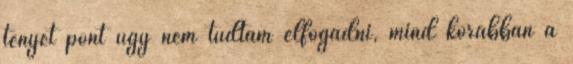
tényét pont úgy nem tudtam elfogadni, mind korábban a